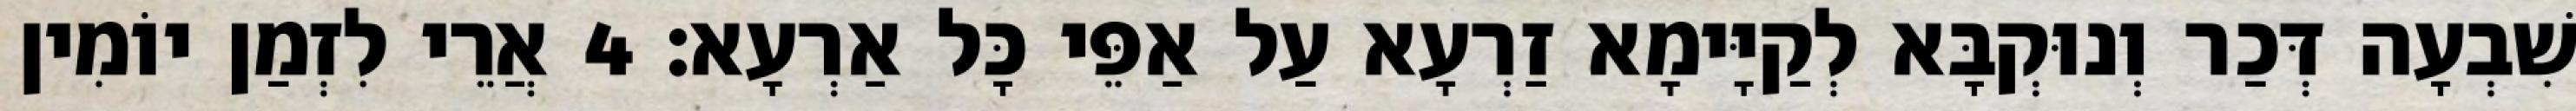
שִׁבְעָה דְּכַר וְנוּקְבָּא לְקַיָּימָא זַרְעָא עַל אַפֵּי כָּל אַרְעָא׃ 4 אֲרֵי לִזְמַן יוֹמִין